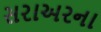
સરાઅરના